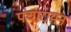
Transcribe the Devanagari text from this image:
पंचारायन